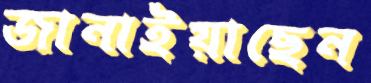
জানাইয়াছেন